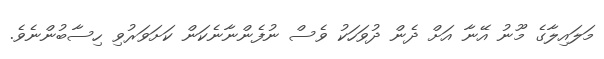
މަލައިލާގެ މޫނު އޭނާ އަށް ދެން ދުވަހަކު ވެސް ނުފެންނާނެކަން ކަށަވަރުވި ހިސާބުންނެވެ.